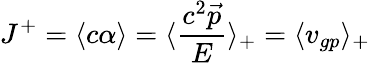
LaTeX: J^{+}=\langle c\alpha\rangle=\langle\frac{c^{2}\vec{p}}{E}\rangle_{+}=\langle v_{gp}\rangle_{+}